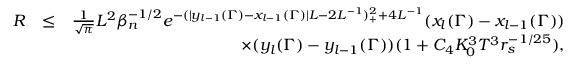
\begin{array} { r l r } { R } & { \leq } & { \frac { 1 } { \sqrt { \pi } } L ^ { 2 } \beta _ { n } ^ { - 1 \slash 2 } e ^ { - ( | y _ { l - 1 } ( \Gamma ) - x _ { l - 1 } ( \Gamma ) | L - 2 L ^ { - 1 } ) _ { + } ^ { 2 } + 4 L ^ { - 1 } } ( x _ { l } ( \Gamma ) - x _ { l - 1 } ( \Gamma ) ) } \\ & { } & { \times ( y _ { l } ( \Gamma ) - y _ { l - 1 } ( \Gamma ) ) ( 1 + C _ { 4 } K _ { 0 } ^ { 3 } T ^ { 3 } r _ { s } ^ { - 1 \slash 2 5 } ) , } \end{array}